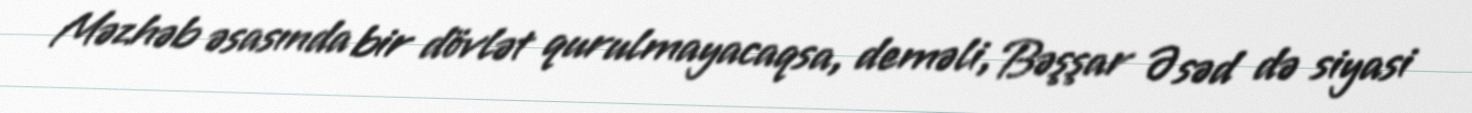
Məzhəb əsasında bir dövlət qurulmayacaqsa, deməli, Bəşşar Əsəd də siyasi